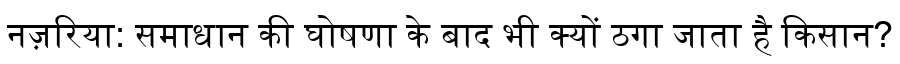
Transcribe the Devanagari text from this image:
नज़रिया: समाधान की घोषणा के बाद भी क्यों ठगा जाता है किसान?